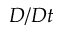
D / D t